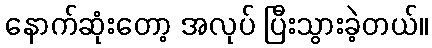
နောက်ဆုံးတော့ အလုပ် ပြီးသွားခဲ့တယ်။